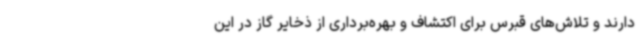
دارند و تلاش‌های قبرس برای اکتشاف و بهره‌برداری از ذخایر گاز در این